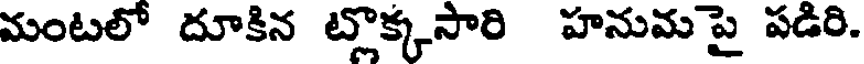
మంటలో దూకిన ట్లొక్కసారి హనుమ పై పడిరి.